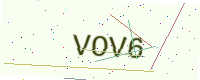
Text: VOV6